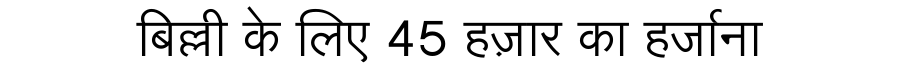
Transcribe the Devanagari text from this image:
बिल्ली के लिए 45 हज़ार का हर्जाना